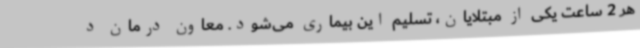
هر 2 ساعت یکی از مبتلایان، تسلیم این بیماری می‌شود. معاون درمان د